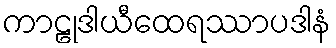
ကာဠုဒါယီထေရဿာပဒါနံ